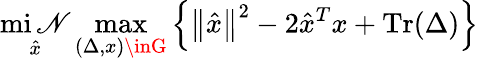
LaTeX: \operatorname*{mi\mathscr{N}}_{\hat{{x}}}\operatorname*{max}_{(\Delta,x)\inG}\left\{ \left\| {\hat{{x}}}\right\| ^{2}-2{\hat{{x}}}^{T}x+\operatorname{Tr}(\Delta)\right\}